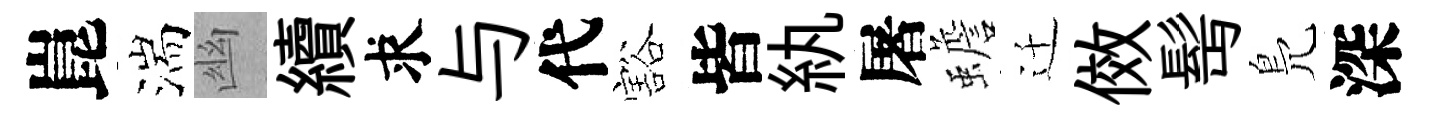
崑湍幽續求与代豁皆紈屠蟾迁傚髩鳬深